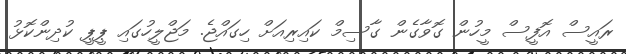
ރައީސް އޮފީސް މީހުން ގޮވާގެން ގާސިމް ކައިރިއަށް ހިގައްޖެ. މަޖްލީހުގައި ޕީޕީ ކުދިންކޮޅު